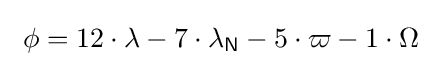
\ \phi =12\cdot \lambda -7\cdot \lambda _{\mathsf {N}}-5\cdot \varpi -1\cdot \Omega \